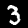
Digit: 3